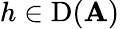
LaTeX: h\in\operatorname{D}(\mathbf{A})